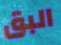
البق